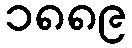
၁၈၈၉